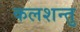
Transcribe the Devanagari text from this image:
कलशन्तु